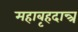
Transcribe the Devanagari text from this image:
महाबृहदान्त्र